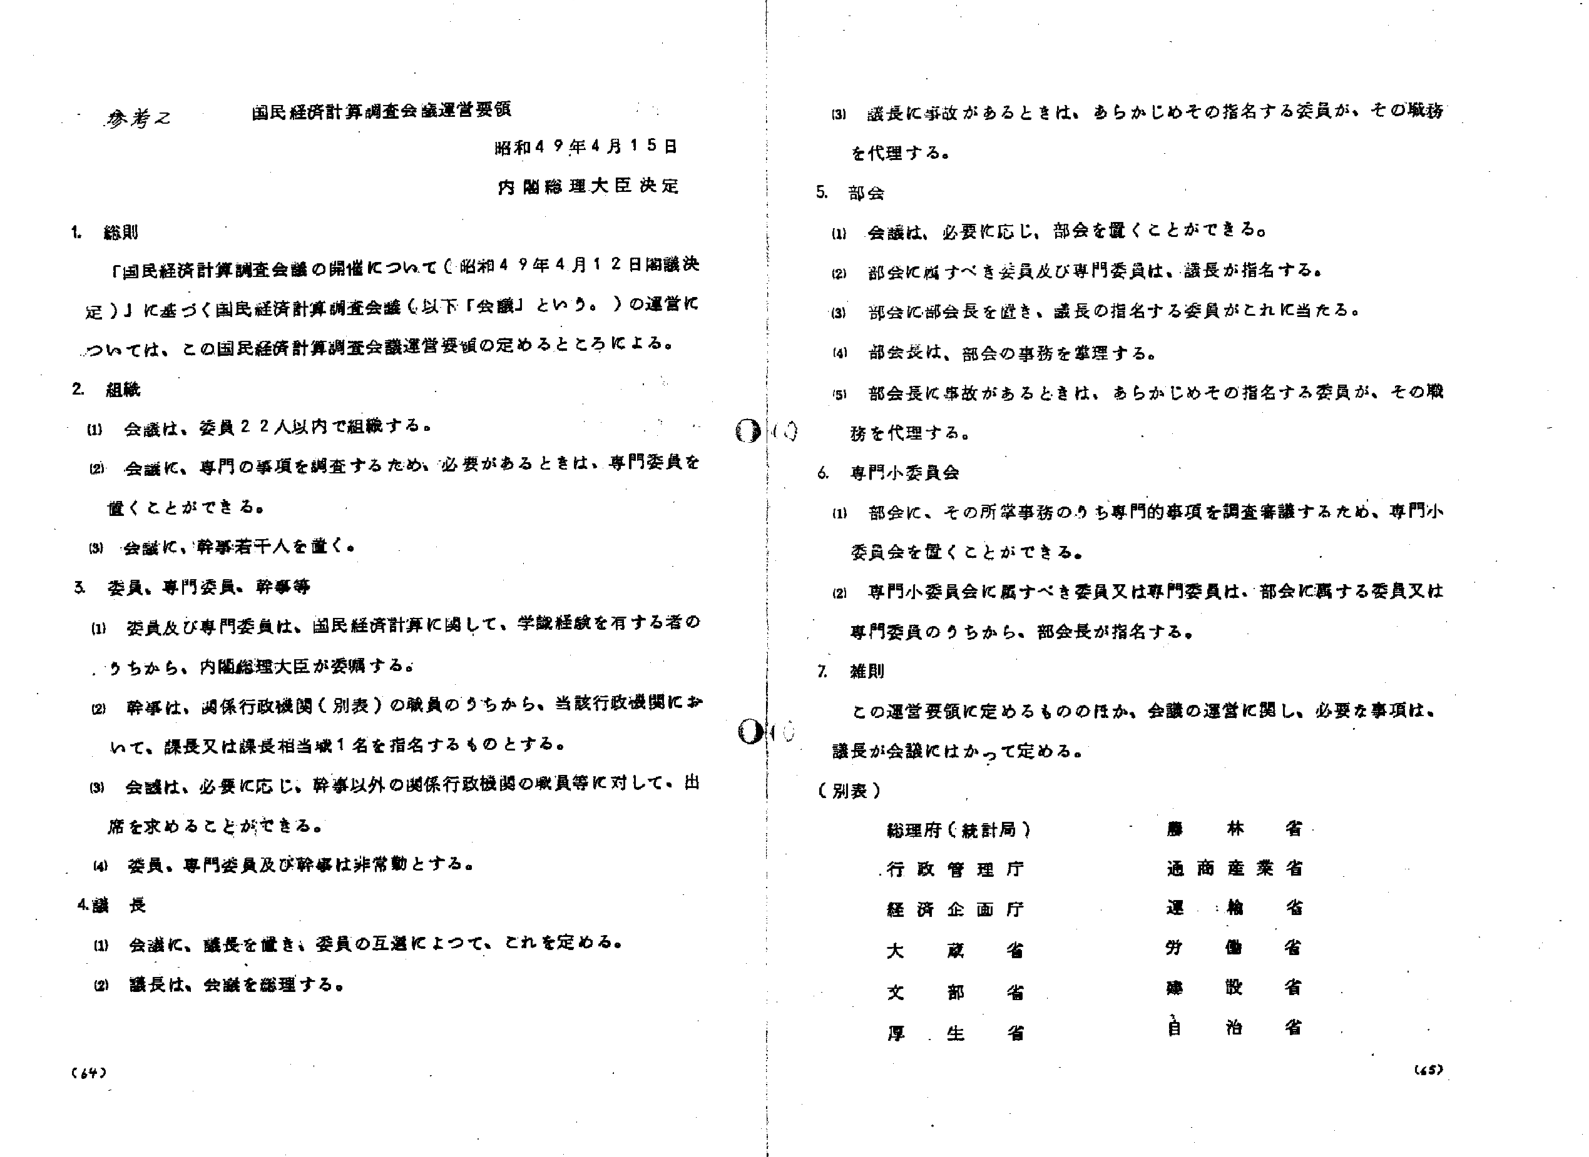
参考２ 国民経済計算調査会議運営要領
昭和４９年４月１５日
内閣総理大臣決定

１．総則
「国民経済計算調査会議の開催について（昭和４９年４月１２日閣議決定）」に基づく国民経済計算調査会議（以下「会議」という。）の運営については、この国民経済計算調査会議運営要領の定めるところによる。

２．組織
(1) 会議は、委員２２人以内で組織する。
(2) 会議に、専門の事項を調査するため、必要があるときは、専門委員を置くことができる。
(3) 会議に、幹事若干人を置く。

３．委員、専門委員、幹事等
(1) 委員及び専門委員は、国民経済計算に関して、学識経験を有する者のうちから、内閣総理大臣が委嘱する。
(2) 幹事は、関係行政機関（別表）の職員のうちから、当該行政機関において、課長又は課長相当職１名を指名するものとする。
(3) 会議は、必要に応じ、幹事以外の関係行政機関の職員等に対して、出席を求めることができる。
(4) 委員、専門委員及び幹事は非常勤とする。

４．議長
(1) 会議に、議長を置き、委員の互選によって、これを定める。
(2) 議長は、会議を議理する。

(3) 議長に事故があるときは、あらかじめその指名する委員が、その職務を代理する。

５．部会
(1) 会議は、必要に応じ、部会を置くことができる。
(2) 部会に属すべき委員及び専門委員は、議長が指名する。
(3) 部会に部会長を置き、議長の指名する委員がこれに当たる。
(4) 部会長は、部会の事務を掌理する。
(5) 部会長に事故があるときは、あらかじめその指名する委員が、その職務を代理する。

６．専門小委員会
(1) 部会に、その所掌事務のうち専門の事項を調査審議するため、専門小委員会を置くことができる。
(2) 専門小委員会に属すべき委員又は専門委員は、部会に属する委員又は専門委員のうちから、部会長が指名する。

７．雑則
この運営要領に定めるもののほか、会議の運営に関し、必要な事項は、議長が会議にかけて定める。

（別表）
総理府（統計局）　　　　　　　　　農林省
行政管理庁　　　　　　　　　　　　通商産業省
経済企画庁　　　　　　　　　　　　運輸省
大蔵省　　　　　　　　　　　　　　労働省
文部省　　　　　　　　　　　　　　建設省
厚生省　　　　　　　　　　　　　　自治省

（64）　　　　　　　　　　　　　　　　（65）